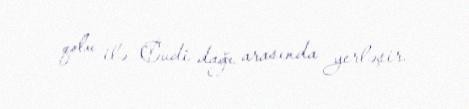
qolu ilə Cudi dağı arasında yerləşir.